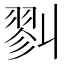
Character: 𢒥